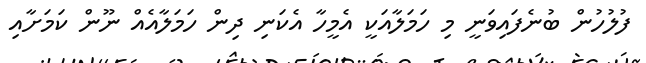
ފުލުހުން ބުނެފައިވަނީ މި ހަމަލާއަކީ އެމީހާ އެކަނި ދިން ހަމަލާއެއް ނޫން ކަމަށާއި